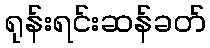
ရုန်းရင်းဆန်ခတ်